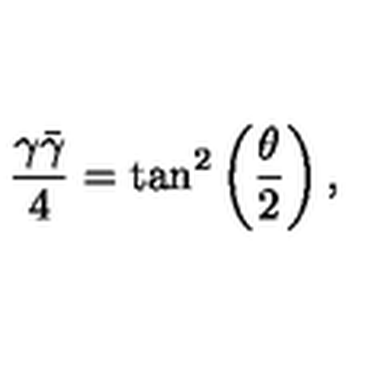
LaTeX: \frac { \gamma \bar { \gamma } } { 4 } = \tan ^ { 2 } \left( \frac { \theta } { 2 } \right) ,